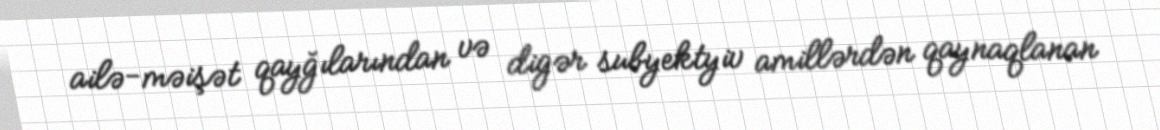
ailə-məişət qayğılarından və digər subyektyiv amillərdən qaynaqlanan